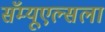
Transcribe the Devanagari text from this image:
सॅम्यूएल्सला